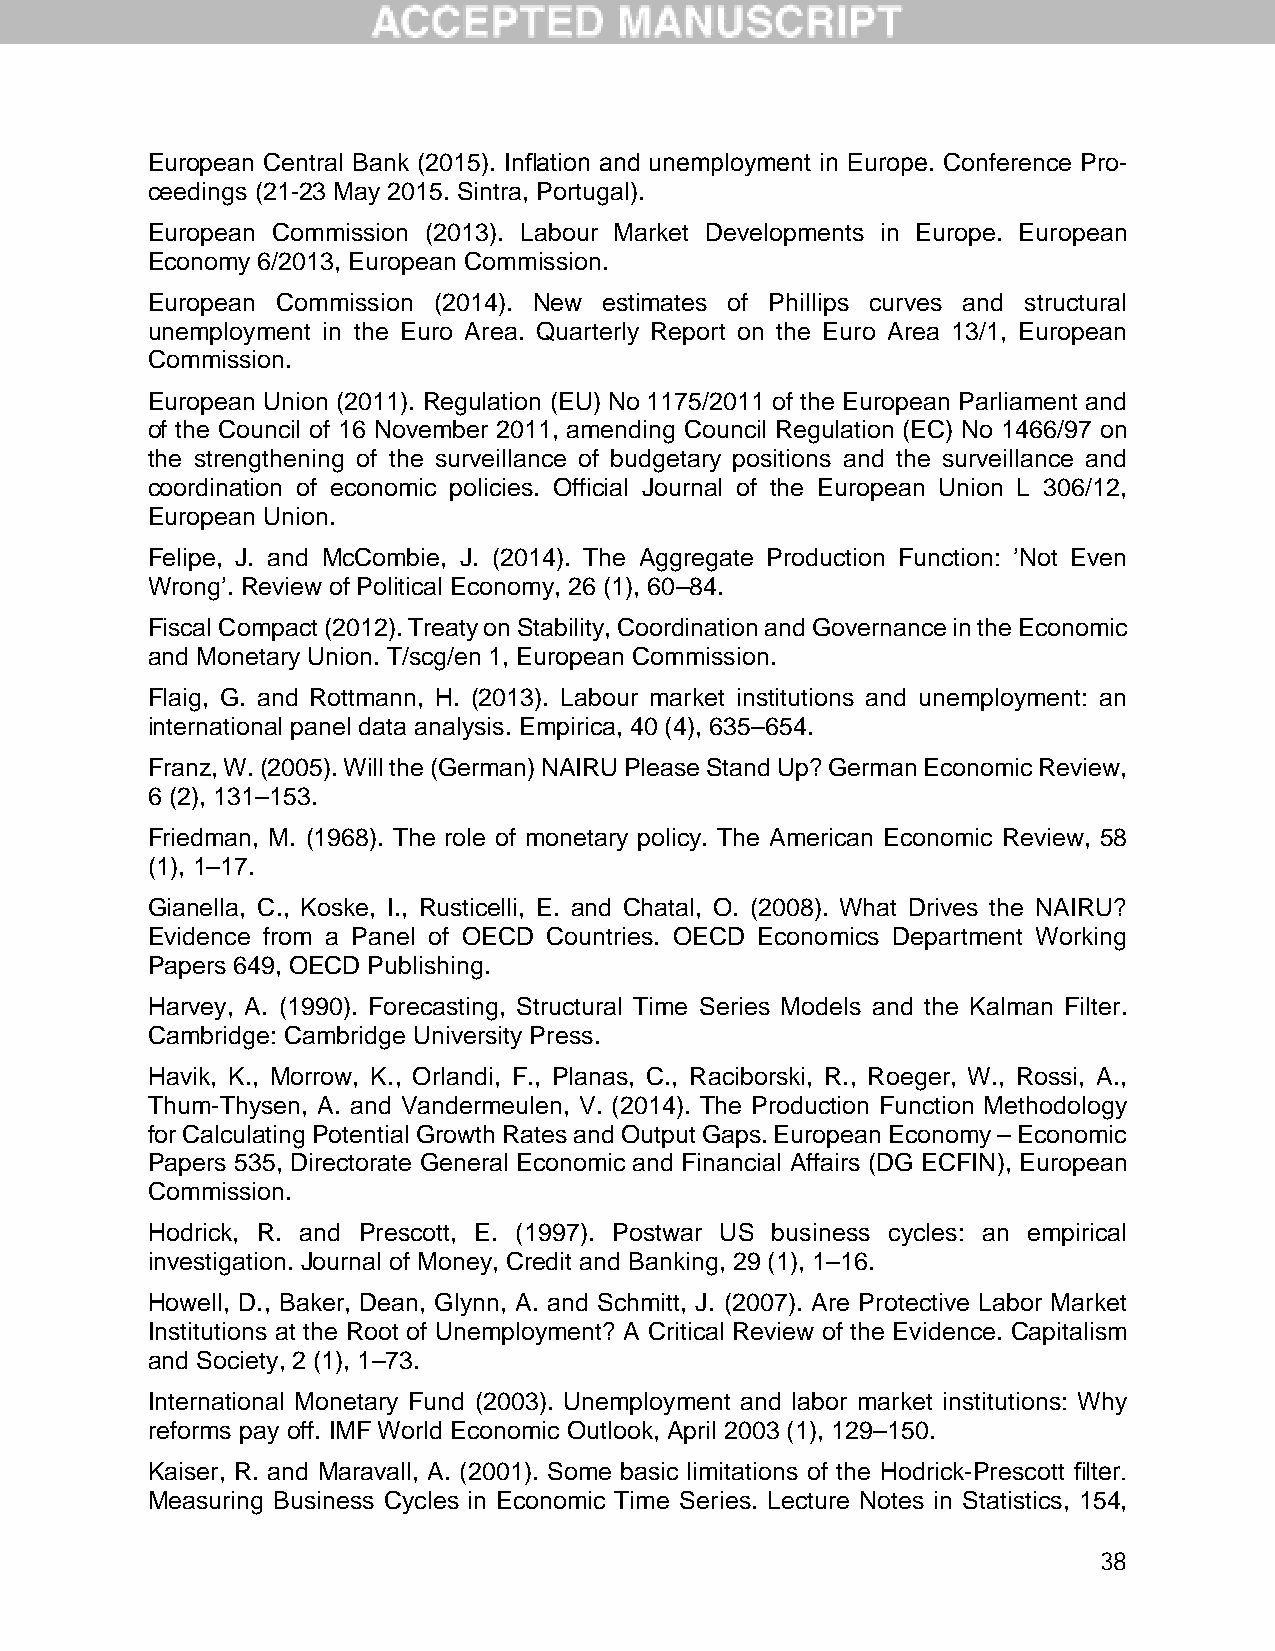
European Central Bank (2015). Inflation and unemployment in Europe. Conference Pro-
 ceedings (21-23 May 2015. Sintra, Portugal).
 European Commission (2013). Labour Market Developments in Europe. European
 Economy 6/2013, European Commission.
 European Commission (2014). New estimates of Phillips curves and structural
 unemployment in the Euro Area. Quarterly Report on the Euro Area 13/1, European
 Commission.
 European Union (2011). Regulation (EU) No 1175/2011 of the European Parliament and
 of the Council of 16 November 2011, amending Council Regulation (EC) No 1466/97 on
 the strengthening of the surveillance of budgetary positions and the surveillance and
 coordination of economic policies. Official Journal of the European Union L 306/12,
 European Union.
 Felipe, J. and McCombie, J. (2014). The Aggregate Production Function: ’Not Even
 Wrong’. Review of Political Economy, 26 (1), 60–84.
 Fiscal Compact (2012). Treaty on Stability, Coordination and Governance in the Economic
 and Monetary Union. T/scg/en 1, European Commission.
 Flaig, G. and Rottmann, H. (2013). Labour market institutions and unemployment: an
 international panel data analysis. Empirica, 40 (4), 635–654.
 Franz, W. (2005). Will the (German) NAIRU Please Stand Up? German Economic Review,
 6 (2), 131–153.
 Friedman, M. (1968). The role of monetary policy. The American Economic Review, 58
 (1), 1–17.
 Gianella, C., Koske, I., Rusticelli, E. and Chatal, O. (2008). What Drives the NAIRU?
 Evidence from a Panel of OECD Countries. OECD Economics Department Working
 Papers 649, OECD Publishing.
 Harvey, A. (1990). Forecasting, Structural Time Series Models and the Kalman Filter.
 Cambridge: Cambridge University Press.
 Havik, K., Morrow, K., Orlandi, F., Planas, C., Raciborski, R., Roeger, W., Rossi, A.,
 Thum-Thysen, A. and Vandermeulen, V. (2014). The Production Function Methodology
 for Calculating Potential Growth Rates and Output Gaps. European Economy – Economic
 Papers 535, Directorate General Economic and Financial Affairs (DG ECFIN), European
 Commission.
 Hodrick, R. and Prescott, E. (1997). Postwar US business cycles: an empirical
 investigation. Journal of Money, Credit and Banking, 29 (1), 1–16.
 Howell, D., Baker, Dean, Glynn, A. and Schmitt, J. (2007). Are Protective Labor Market
 Institutions at the Root of Unemployment? A Critical Review of the Evidence. Capitalism
 and Society, 2 (1), 1–73.
 International Monetary Fund (2003). Unemployment and labor market institutions: Why
 reforms pay off. IMF World Economic Outlook, April 2003 (1), 129–150.
 Kaiser, R. and Maravall, A. (2001). Some basic limitations of the Hodrick-Prescott filter.
 Measuring Business Cycles in Economic Time Series. Lecture Notes in Statistics, 154,
 38